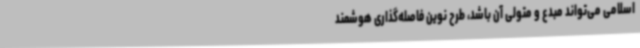
اسلامی می‌تواند مبدع و متولی آن باشد، طرح نوین فاصله‌گذاری هوشمند